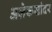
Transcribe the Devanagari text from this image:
अलेकसांदर